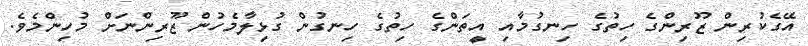
އޭގެކުރިން ޒޫރިންގެ ހިތުގެ ހިނގުމާއި އީތަންގެ ހިތުގެ ހިނގުން ގުޅިލާމެހުން ޒޫރިންނަށް މުހިންމެވެ.